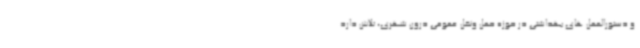
و دستورالعمل های بهداشتی در حوزه حمل ونقل عمومی درون شهری، تلاش دارد